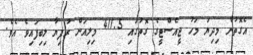
އެގޮތުން މިދިޔަ މަހު ޖީއެސްޓީގެ ގޮތުގައި 411.5 މިލިއަން ރުފިޔާ ލިބިފައިވެ އެވެ.